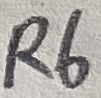
Text: R6